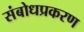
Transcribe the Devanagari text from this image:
संबोधप्रकरण